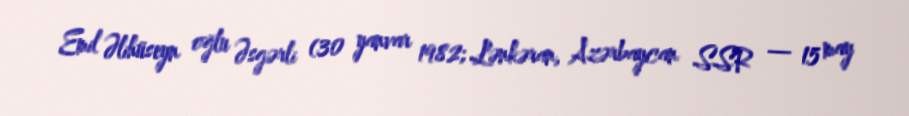
Emil Əlihüseyn oğlu Əsgərli (30 yanvar 1982; Lənkəran, Azərbaycan SSR — 15 may